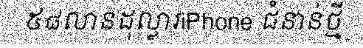
៥៨លានដុល្លារiPhone ជំនាន់ថ្មី